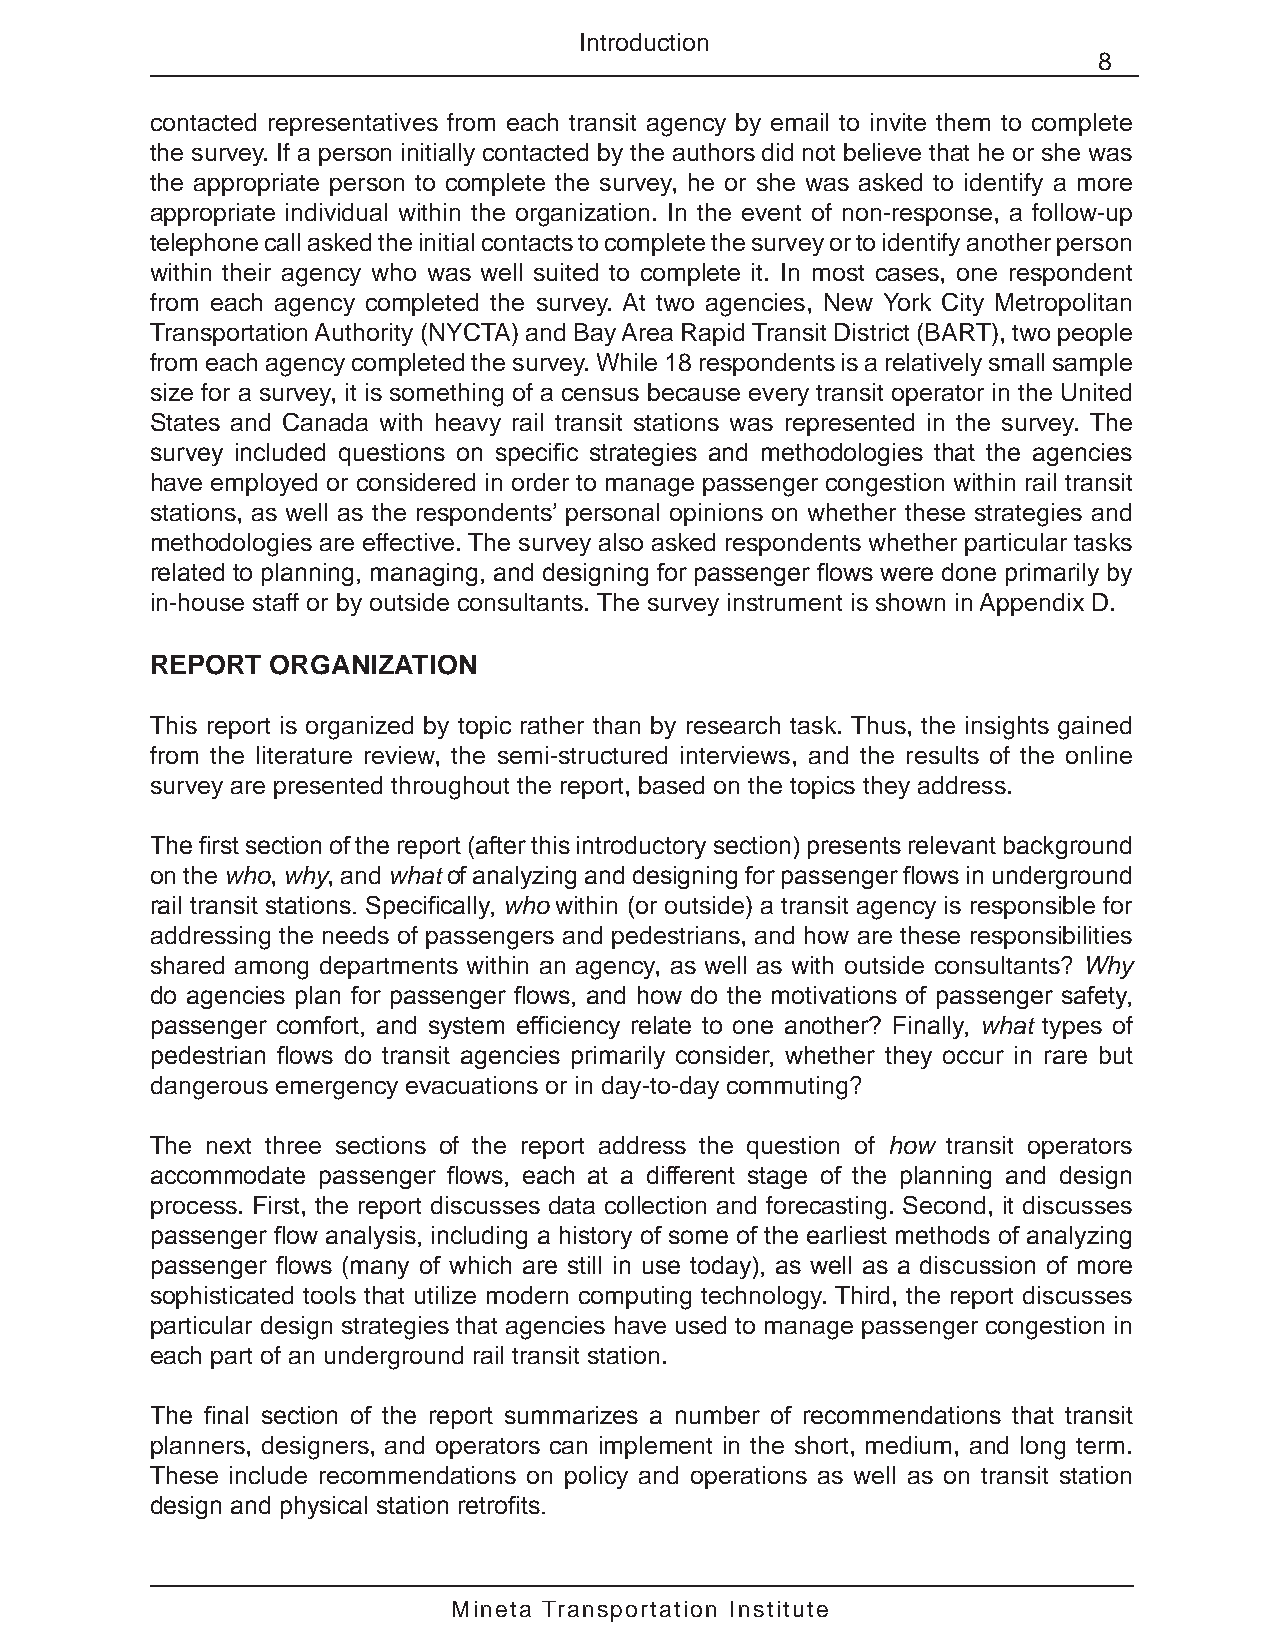
Introduction
 8
 contacted representatives from each transit agency by email to invite them to complete
 the survey. If a person initially contacted by the authors did not believe that he or she was
 the appropriate person to complete the survey, he or she was asked to identify a more
 appropriate individual within the organization. In the event of non-response, a follow-up
 telephone call asked the initial contacts to complete the survey or to identify another person
 within their agency who was well suited to complete it. In most cases, one respondent
 from each agency completed the survey. At two agencies, New York City Metropolitan
 Transportation Authority (NYCTA) and Bay Area Rapid Transit District (BART), two people
 from each agency completed the survey. While 18 respondents is a relatively small sample
 size for a survey, it is something of a census because every transit operator in the United
 States and Canada with heavy rail transit stations was represented in the survey. The
 survey included questions on specific strategies and methodologies that the agencies
 have employed or considered in order to manage passenger congestion within rail transit
 stations, as well as the respondents’ personal opinions on whether these strategies and
 methodologies are effective. The survey also asked respondents whether particular tasks
 related to planning, managing, and designing for passenger flows were done primarily by
 in-house staff or by outside consultants. The survey instrument is shown in Appendix D.
 REPORT  ORGANIZATION
 This report is organized by topic rather than by research task. Thus, the insights gained
 from the literature review, the semi-structured interviews, and the results of the online
 survey are presented throughout the report, based on the topics they address.
 The first section of the report (after this introductory section) presents relevant background
 on the who, why, and what of analyzing and designing for passenger flows in underground
 rail transit stations. Specifically, who within (or outside) a transit agency is responsible for
 addressing the needs of passengers and pedestrians, and how are these responsibilities
 shared among departments within an agency, as well as with outside consultants? Why
 do agencies plan for passenger flows, and how do the motivations of passenger safety,
 passenger comfort, and system efficiency relate to one another? Finally, what types of
 pedestrian flows do transit agencies primarily consider, whether they occur in rare but
 dangerous emergency evacuations or in day-to-day commuting?
 The next three sections of the report address the question of how transit operators
 accommodate passenger flows, each at a different stage of the planning and design
 process. First, the report discusses data collection and forecasting. Second, it discusses
 passenger flow analysis, including a history of some of the earliest methods of analyzing
 passenger flows (many of which are still in use today), as well as a discussion of more
 sophisticated tools that utilize modern computing technology. Third, the report discusses
 particular design strategies that agencies have used to manage passenger congestion in
 each part of an underground rail transit station.
 The final section of the report summarizes a number of recommendations that transit
 planners, designers, and operators can implement in the short, medium, and long term.
 These include recommendations on policy and operations as well as on transit station
 design and physical station retrofits.
 Mineta Transportation Institute